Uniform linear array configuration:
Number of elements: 12
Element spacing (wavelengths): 1
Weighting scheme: binomial
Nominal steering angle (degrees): -15
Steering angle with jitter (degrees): -14.802
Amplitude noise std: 0.05
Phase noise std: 0.05

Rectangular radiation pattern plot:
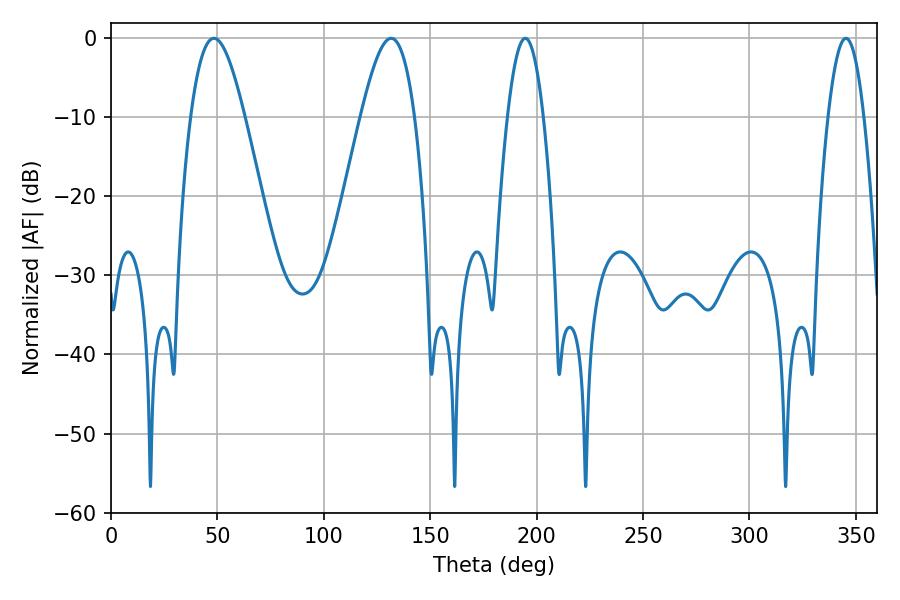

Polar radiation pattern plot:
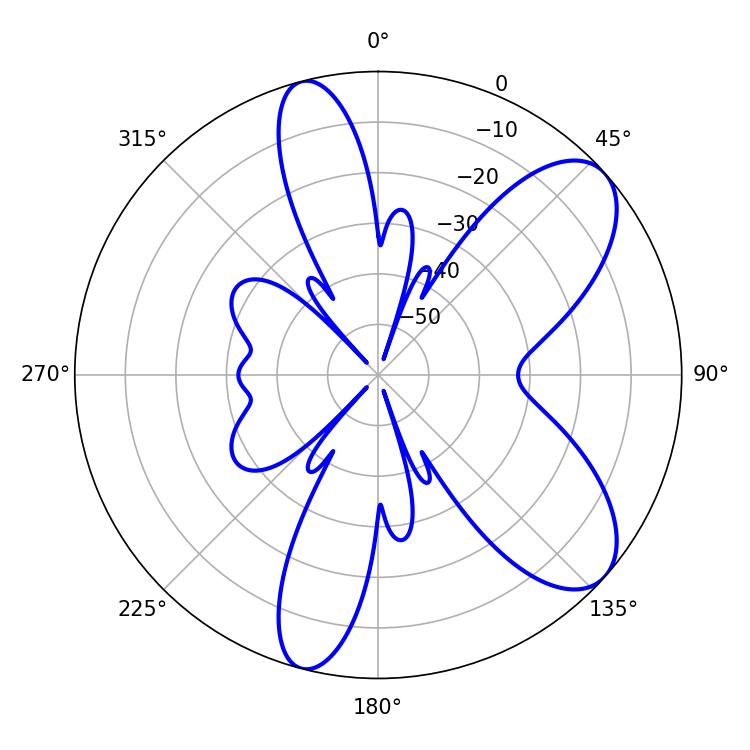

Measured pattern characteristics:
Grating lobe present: TRUE
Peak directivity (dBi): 8.171
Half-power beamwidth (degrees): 13.5
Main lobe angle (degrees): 48.42